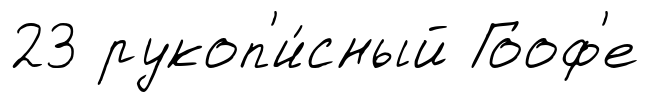
23 рукоп'и́сный Гооф'е